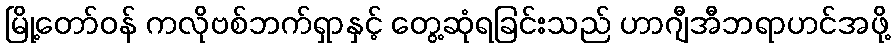
မြို့တော်ဝန် ကလိုဗစ်ဘက်ရှာနှင့် တွေ့ဆုံရခြင်းသည် ဟာဂျီအီဘရာဟင်အဖို့